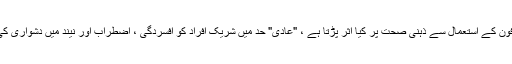
مطالعے سے یہ معلوم ہوتا ہے کہ اسمارٹ فون کے استعمال سے ذہنی صحت پر کیا اثر پڑتا ہے ، "عادی" حد میں شریک افراد کو افسردگی ، اضطراب اور نیند میں دشواری کی علامات کی اطلاع کا زیادہ امکان ہوتا ہے۔